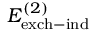
E _ { \mathrm { e x c h - i n d } } ^ { ( 2 ) }